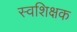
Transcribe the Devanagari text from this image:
स्वशिक्षक